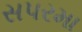
સપરમા